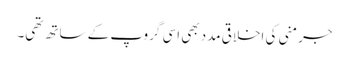
جرمنی کی اخلاقی مدد بھی اسی گروپ کے ساتھ تھی۔